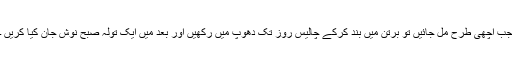
جب اچھی طرح مل جائیں تو برتن میں بند کرکے چالیس روز تک دھوپ میں رکھیں اور بعد میں ایک تولہ صبح نوش جان کیا کریں ۔